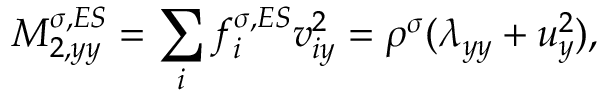
M _ { 2 , y y } ^ { \sigma , E S } = \sum _ { i } f _ { i } ^ { \sigma , E S } v _ { i y } ^ { 2 } = \rho ^ { \sigma } ( \lambda _ { y y } + u _ { y } ^ { 2 } ) ,